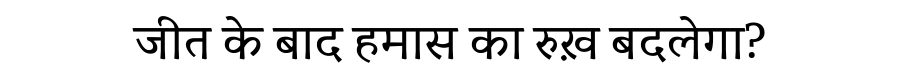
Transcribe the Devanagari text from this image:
जीत के बाद हमास का रुख़ बदलेगा?